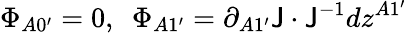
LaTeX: \Phi_{A0^{\prime}}=0,\ \ \Phi_{A1^{\prime}}=\partial_{A1^{\prime}}\mathsf{J}\cdot\mathsf{J}^{-1}dz^{A1^{\prime}}